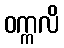
ဝက္ကလိ